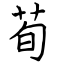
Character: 荀